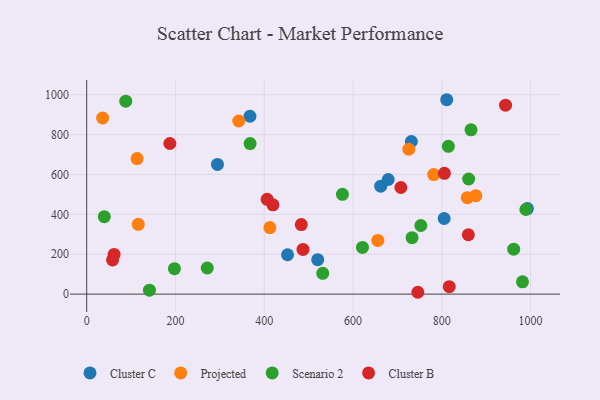
{"axis": {"x": "Investment", "y": "Exam Score"}, "legend": ["Cluster B", "Cluster C", "Projected", "Scenario 2"], "data": [{"x": "452.5", "y": 197.4, "type": "Cluster C"}, {"x": "367.8", "y": 891.9, "type": "Cluster C"}, {"x": "805.3", "y": 379.2, "type": "Cluster C"}, {"x": "679.3", "y": 574.7, "type": "Cluster C"}, {"x": "811.1", "y": 974.9, "type": "Cluster C"}, {"x": "520.4", "y": 172.6, "type": "Cluster C"}, {"x": "992.8", "y": 429.2, "type": "Cluster C"}, {"x": "294.6", "y": 650.2, "type": "Cluster C"}, {"x": "662.4", "y": 541.1, "type": "Cluster C"}, {"x": "731.4", "y": 765.5, "type": "Cluster C"}, {"x": "781.7", "y": 599.4, "type": "Projected"}, {"x": "116.2", "y": 350.2, "type": "Projected"}, {"x": "342.6", "y": 868.3, "type": "Projected"}, {"x": "857.5", "y": 483.6, "type": "Projected"}, {"x": "725.7", "y": 726.4, "type": "Projected"}, {"x": "113.5", "y": 679.7, "type": "Projected"}, {"x": "876.6", "y": 493.6, "type": "Projected"}, {"x": "412.7", "y": 333.7, "type": "Projected"}, {"x": "35.9", "y": 883.2, "type": "Projected"}, {"x": "655.9", "y": 269.2, "type": "Projected"}, {"x": "576.2", "y": 500.2, "type": "Scenario 2"}, {"x": "981.8", "y": 61.4, "type": "Scenario 2"}, {"x": "39.6", "y": 388.5, "type": "Scenario 2"}, {"x": "197.7", "y": 127.4, "type": "Scenario 2"}, {"x": "989.4", "y": 424.3, "type": "Scenario 2"}, {"x": "141.4", "y": 19.5, "type": "Scenario 2"}, {"x": "88.0", "y": 967.4, "type": "Scenario 2"}, {"x": "733.0", "y": 283.2, "type": "Scenario 2"}, {"x": "531.8", "y": 104.4, "type": "Scenario 2"}, {"x": "271.6", "y": 131.0, "type": "Scenario 2"}, {"x": "865.8", "y": 824.0, "type": "Scenario 2"}, {"x": "368.1", "y": 754.8, "type": "Scenario 2"}, {"x": "621.3", "y": 233.9, "type": "Scenario 2"}, {"x": "962.0", "y": 225.4, "type": "Scenario 2"}, {"x": "752.8", "y": 344.0, "type": "Scenario 2"}, {"x": "814.8", "y": 741.0, "type": "Scenario 2"}, {"x": "860.5", "y": 577.4, "type": "Scenario 2"}, {"x": "187.4", "y": 755.3, "type": "Cluster B"}, {"x": "487.3", "y": 224.0, "type": "Cluster B"}, {"x": "406.6", "y": 475.3, "type": "Cluster B"}, {"x": "805.8", "y": 606.0, "type": "Cluster B"}, {"x": "707.8", "y": 534.8, "type": "Cluster B"}, {"x": "746.0", "y": 9.2, "type": "Cluster B"}, {"x": "61.8", "y": 198.9, "type": "Cluster B"}, {"x": "483.5", "y": 348.5, "type": "Cluster B"}, {"x": "58.3", "y": 171.3, "type": "Cluster B"}, {"x": "816.8", "y": 37.5, "type": "Cluster B"}, {"x": "943.6", "y": 947.7, "type": "Cluster B"}, {"x": "859.8", "y": 297.6, "type": "Cluster B"}, {"x": "419.6", "y": 447.6, "type": "Cluster B"}]}